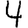
Digit: 4